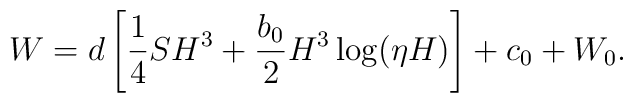
W = d\left[\frac{1}{4}SH^3+\frac{b_0}{2}H^3\log(\eta H)\right]+c_0+W_0.